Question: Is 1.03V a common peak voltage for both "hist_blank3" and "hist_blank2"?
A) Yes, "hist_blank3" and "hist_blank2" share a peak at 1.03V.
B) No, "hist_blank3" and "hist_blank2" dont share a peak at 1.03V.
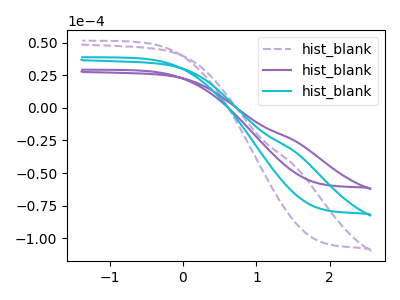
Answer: <think>The purple dashed curve "hist_blank1" has no peaks. The purple curve "hist_blank2" has no peaks. The cyan curve "hist_blank3" has no peaks.</think>
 <answer>B) No, "hist_blank3" and "hist_blank2" dont share a peak at 1.03V.</answer>
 <eval>B</eval>